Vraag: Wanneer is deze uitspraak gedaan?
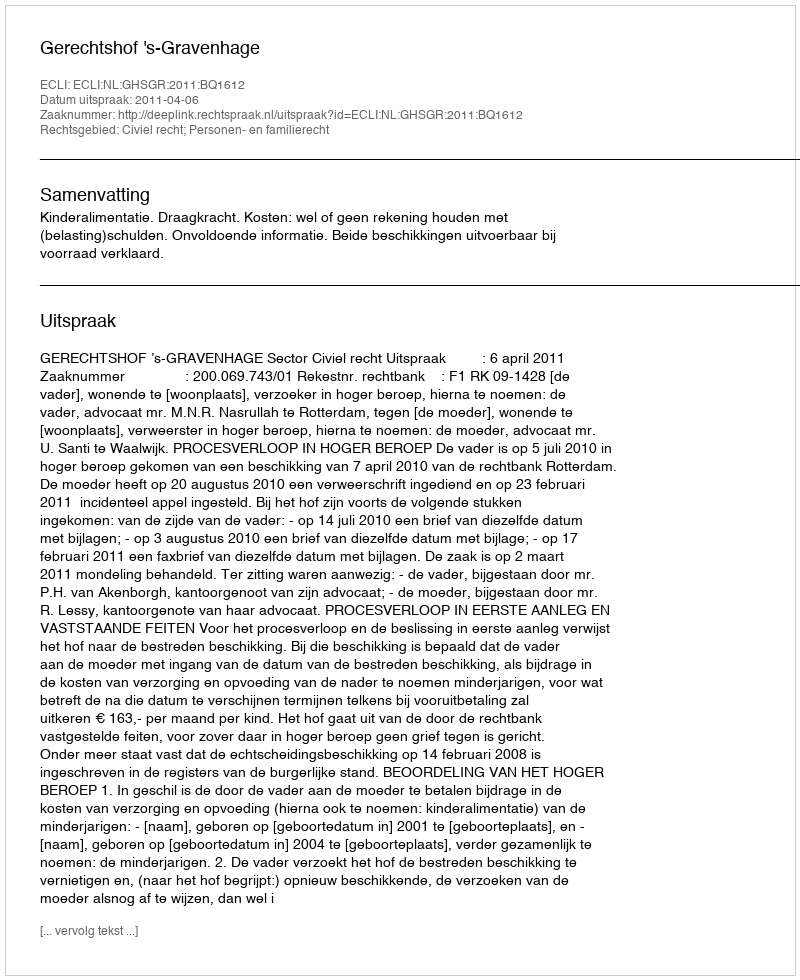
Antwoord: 2011-04-06